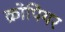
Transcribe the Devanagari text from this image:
क्रोपियर